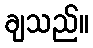
ချသည်။